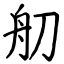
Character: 舠